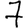
Digit: 7